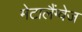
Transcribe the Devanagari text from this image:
मेटालैंग्वेज